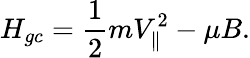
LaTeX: H_{gc}=\frac{1}{2}mV_{\parallel}^{2}-\mu B.